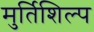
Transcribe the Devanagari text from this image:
मुर्तिशिल्प